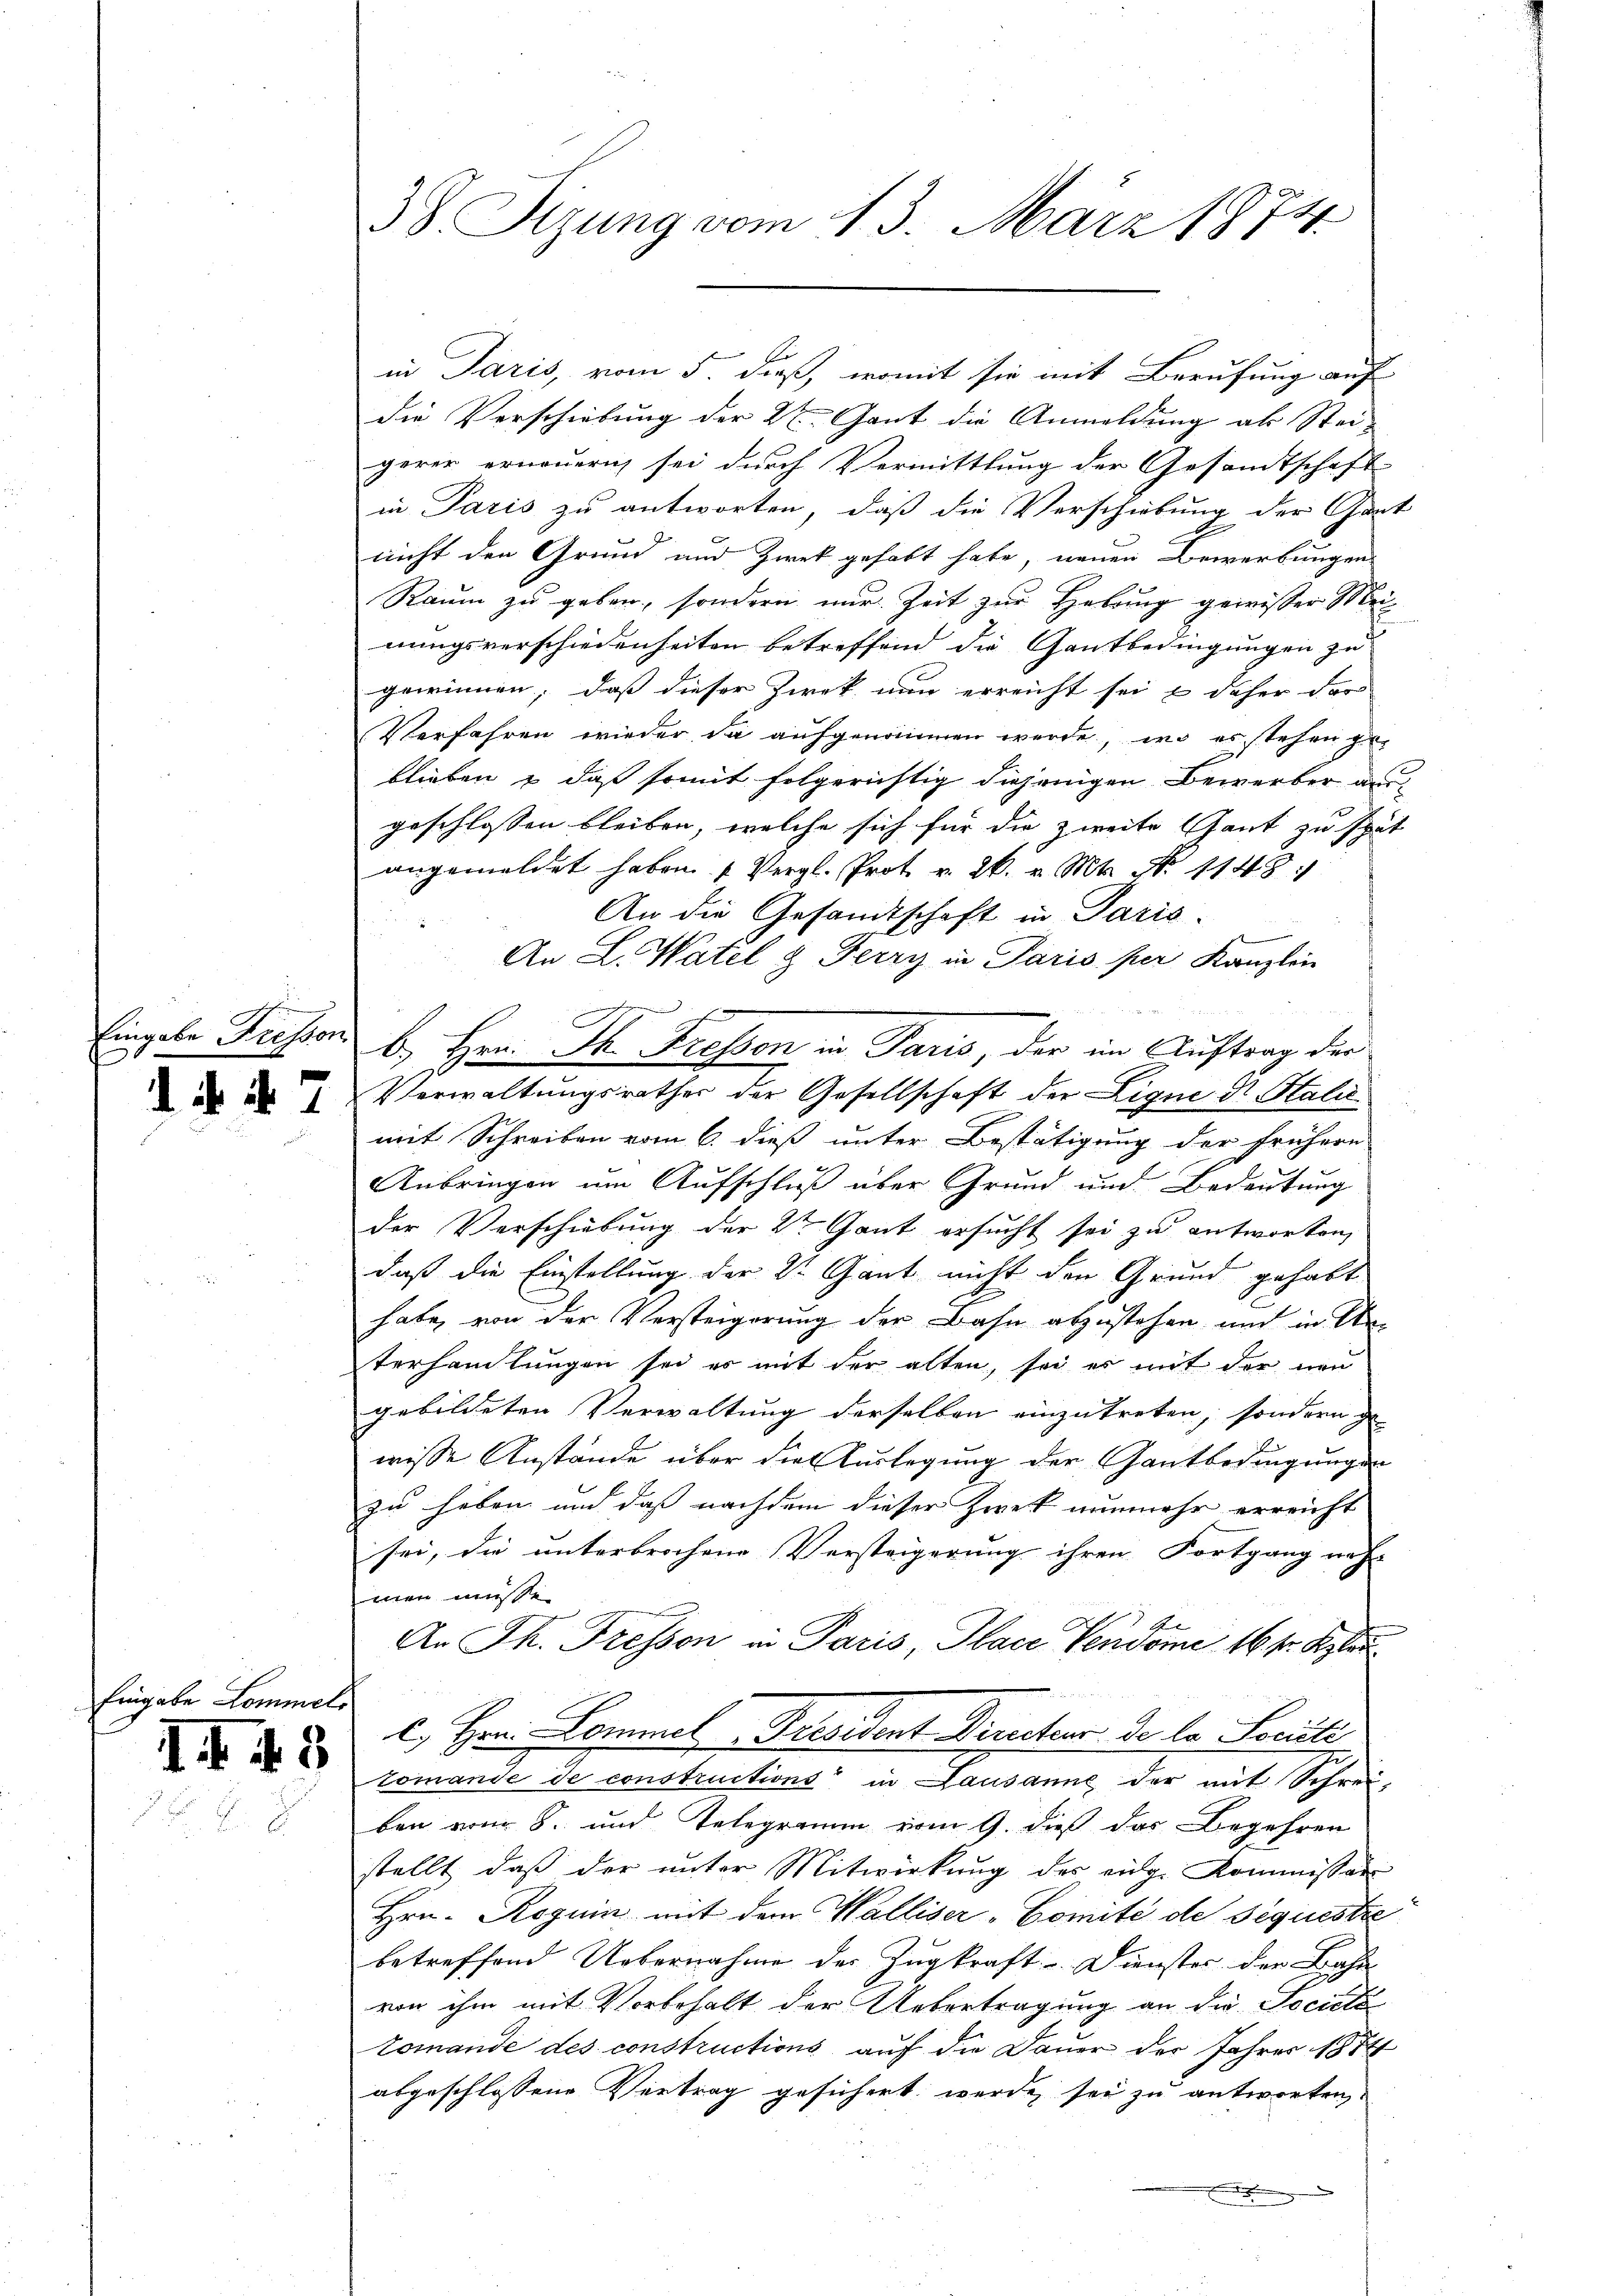
Eingabe Lo

Fressen

d. d. 7

1. 43

in Paris, vom 5. dieß, womit sie mit Berufung auf
die Verschiebung der 2t. Gant die Anmeldung als Stei-
gerer erneuern sei durch Vermittlung der Gesandtschaft
in Paris zu antworten, daß die Verschiebung der Gart
nicht den Grund und Zwek gehabt habe, neuen Bewerbungen
Raum zu geben, sondern nur Zeit zur Hebung gewisser Meinungsverschiedenheiten betreffend die Gantbedingungen zu
gewinnen; dass dieser Zweck nun erreicht sei & daher dar
Verfahren wieder da aufgenommen werde, wo es stehen geblieben & daß somit folgerichtig diejenigen Bewerber ausgeschlossen bleiben, welche sich für die zweite Gant zu spät
angemeldet haben (Vergl. Prot. v. 26. v. Mts. No 1148:
An die Gesandtschaft in Paris.
.
An L. Watel 8. Ferry in Paris per Kanzlei
mit Schreiben vom 6. dieß unter Bestätigung der frühern
Anbringen um Aufschluß über Grund und Bedeutung
der Verschiebung der 2ten Gant ersucht sei zu antworten,
daß die Einstellung der 2ten Gant nicht den Grund gehabt
habe, von der Versteigerung der Bahn abzustehen und in Anterhandlungen sei es mit der alten, sei es mit der neu
gebildeten Verwaltung derselben einzutreten, sondern ge
wisse Anstände über die Verlegung der Gantbedingungen
zu haben und daß nachdem dieser Zweck nunmehr erreicht
sei, die unterbrochene Versteigerung ihren Fortgang nach
men müsse.
An Th. Fressen in Paris, Place Vendome 16 sr. Klei
l
c. Hrrn. Kommel Dresident Drucker de la Sorte
komande de constructions“ in Lausanns, der mit Schreiben vom 8. und Telegramm vom 9. dieß der Begehren
stellt, daß der ŭnter Mitwirkung des eige Kommissar
Hrn. Roguin mit dem Walliser-Comité de séquestie
betreffend Uebernahme der Zugkraft. Dienster der Bahn
von ihm mit Vorbehalt der Uebertragung an die Societa
Tomande des constructions auf die Dauer der Jahres 1884
abgeschlossene Vertrag gesichert werde sei zu antworten

38. Sizung vom 13. März 1874.

E
b. Hrn. St. Fressen in Paris, der im Auftrag der
Verwaltungsrathes der Gesellschaft der Ligne Dr. Stalić